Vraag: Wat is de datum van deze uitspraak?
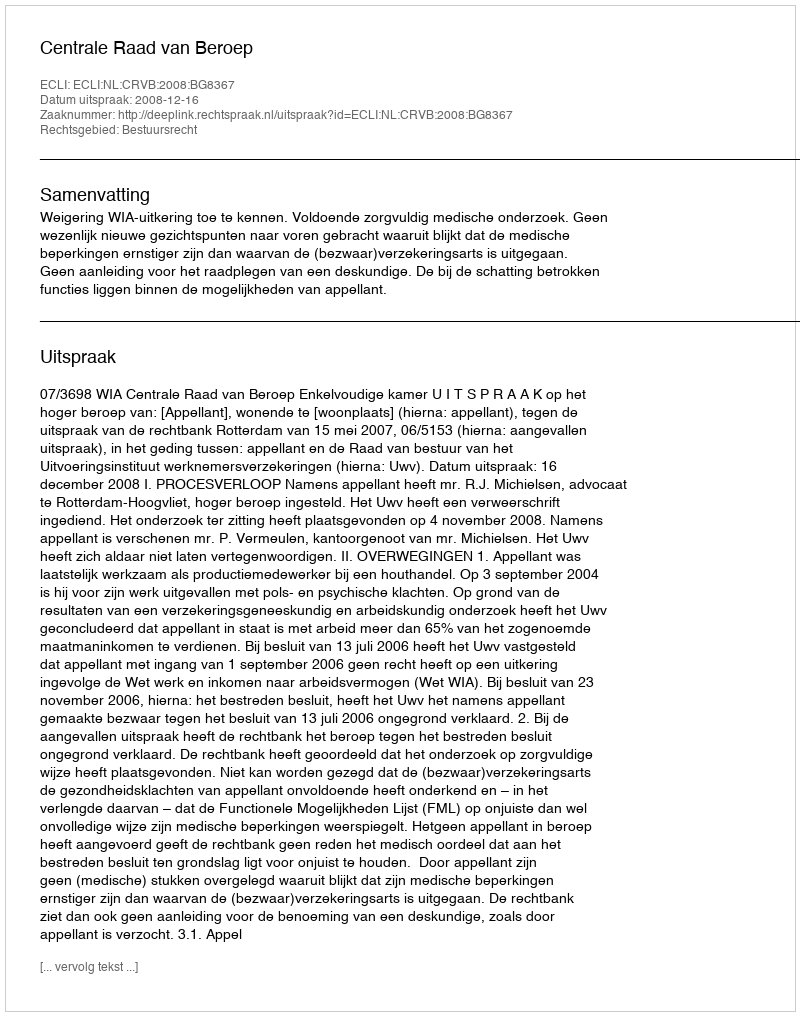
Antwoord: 2008-12-16